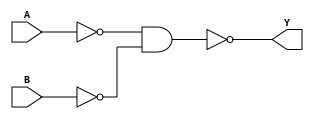
module OR(Y,A,B);
	input A,B;
	output Y;
	wire x,z;
	nand (x,A,A);
	nand (z,B,B);
	nand (Y,x,z);
endmodule
module HALF_ADDER(COUT,SUM,IN0,IN1);
	input IN0,IN1;
	output COUT,SUM;
	wire t1,t2,t3;
	nand(t1,IN0,IN1);
	nand(t2,t1,IN0);
	nand(t3,t1,IN1);
	nand(SUM,t2,t3);
	nand(COUT,t1,t1);
endmodule  	


module INCREMENTOR_4(COUT,OU,IN);

	input[3:0] IN;
	output COUT;
	output [3:0] OU;
	wire[2:0] carry;
	HALF_ADDER Half_Adder_1(carry[0],OU[0],IN[0],1'b1);
	HALF_ADDER Half_Adder_2(carry[1],OU[1],IN[1],carry[0]);
	HALF_ADDER Half_Adder_3(carry[2],OU[2],IN[2],carry[1]);
	HALF_ADDER Half_Adder_4(COUT,OU[3],IN[3],carry[2]);
endmodule